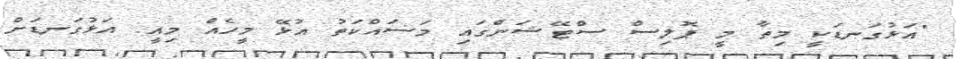
"އަޅުގަނޑަކީ މިތާ މީ ޕޮލިސް ސްޓޭޝަންގައި މަސައްކަތު އުޅޭ މީހެއް މިއީ. އަޅުގަނޑަށް